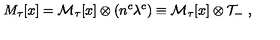
M _ { \tau } [ x ] = { \cal M } _ { \tau } [ x ] \otimes ( n ^ { c } \lambda ^ { c } ) \equiv { \cal M } _ { \tau } [ x ] \otimes { \cal T } _ { - } \ ,